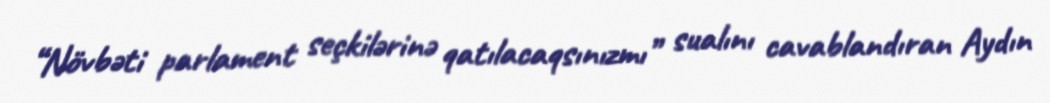
“Növbəti parlament seçkilərinə qatılacaqsınızmı” sualını cavablandıran Aydın